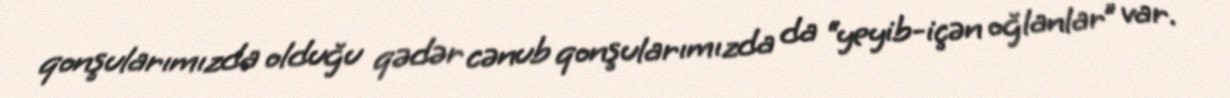
qonşularımızda olduğu qədər cənub qonşularımızda da “yeyib-içən oğlanlar” var.